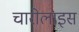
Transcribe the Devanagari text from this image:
चारोलाइस